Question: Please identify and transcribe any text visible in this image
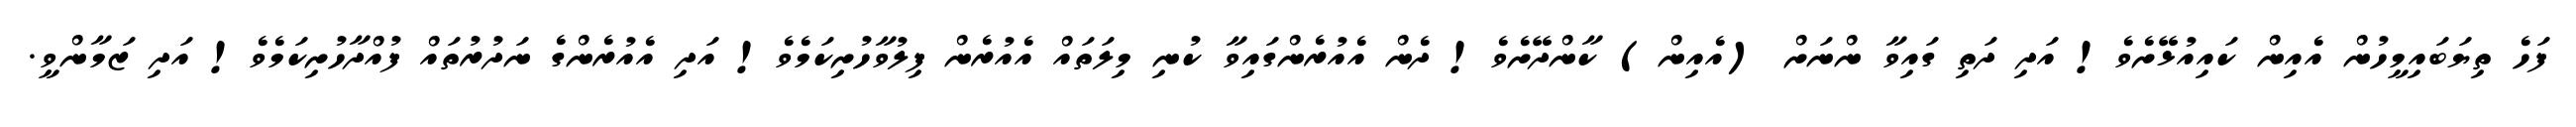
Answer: ފަހެ ތިޔަބައިމީހުން އެއިން ކައިއުޅޭށެވެ! އަދި ދަތި ގައިވާ ންނަށް (އެއިން) ކާންދޭށެވެ! ދެން އެއުރެންގައިވާ ކުނި މިލަތައް އެއުރެން ފިލުވާހުށިކަމެވެ! އަދި އެއުރެންގެ ނަދުރުތައް ފުއްދާހުށިކަމެވެ! އަދި ޒަމާންވީ.